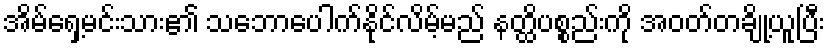
အိမ်ရှေ့မင်းသား၏ သဘောပေါက်နိုင်လိမ့်မည် နတ္ထိပစ္စည်းကို အဝတ်တချို့ယူပြီး